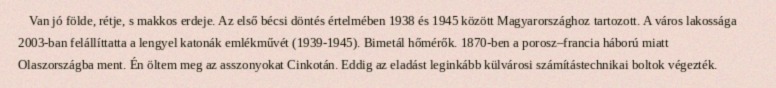
Van jó földe, rétje, s makkos erdeje. Az első bécsi döntés értelmében 1938 és 1945 között Magyarországhoz tartozott. A város lakossága 2003-ban felállíttatta a lengyel katonák emlékművét (1939-1945). Bimetál hőmérők. 1870-ben a porosz–francia háború miatt Olaszországba ment. Én öltem meg az asszonyokat Cinkotán. Eddig az eladást leginkább külvárosi számítástechnikai boltok végezték.